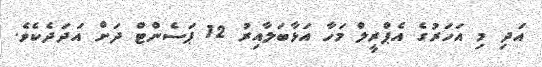
އަދި މި އަހަރުގެ އެޕްރީލް މަހާ އަޅާބަލާއިރު 12 ޕަސެންޓް ދަށް އަދަދެކެވެ.